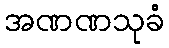
အဏဏသုခံ